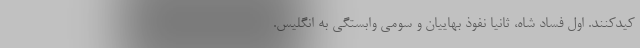
کیدکنند. اول فساد شاه، ثانیا نفوذ بهاییان و سومی وابستگی به انگلیس.